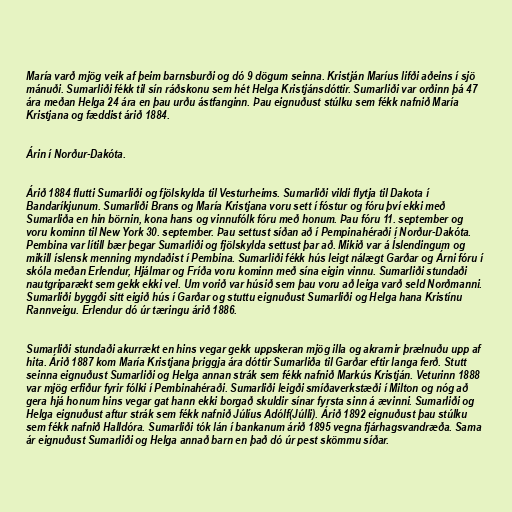
María varð mjög veik af þeim barnsburði og dó 9 dögum seinna. Kristján Maríus lifði aðeins í sjö
mánuði. Sumarliði fékk til sín ráðskonu sem hét Helga Kristjánsdóttir. Sumarliði var orðinn þá 47
ára meðan Helga 24 ára en þau urðu ástfanginn. Þau eignuðust stúlku sem fékk nafnið María
Kristjana og fæddist árið 1884.

Árin í Norður-Dakóta.

Árið 1884 flutti Sumarliði og fjölskylda til Vesturheims. Sumarliði vildi flytja til Dakota í
Bandaríkjunum. Sumarliði Brans og María Kristjana voru sett í fóstur og fóru því ekki með
Sumarliða en hin börnin, kona hans og vinnufólk fóru með honum. Þau fóru 11. september og
voru kominn til New York 30. september. Þau settust síðan að í Pempinahéraði í Norður-Dakóta.
Pembina var lítill bær þegar Sumarliði og fjölskylda settust þar að. Mikið var á Íslendingum og
mikill íslensk menning myndaðist í Pembina. Sumarliði fékk hús leigt nálægt Garðar og Árni fóru í
skóla meðan Erlendur, Hjálmar og Fríða voru kominn með sína eigin vinnu. Sumarliði stundaði
nautgriparækt sem gekk ekki vel. Um vorið var húsið sem þau voru að leiga varð seld Norðmanni.
Sumarliði byggði sitt eigið hús í Garðar og stuttu eignuðust Sumarliði og Helga hana Kristínu
Rannveigu. Erlendur dó úr tæringu árið 1886.

Sumarliði stundaði akurrækt en hins vegar gekk uppskeran mjög illa og akrarnir þrælnuðu upp af
hita. Árið 1887 kom María Kristjana þriggja ára dóttir Sumarliða til Garðar eftir langa ferð. Stutt
seinna eignuðust Sumarliði og Helga annan strák sem fékk nafnið Markús Kristján. Veturinn 1888
var mjög erfiður fyrir fólki í Pembinahéraði. Sumarliði leigði smíðaverkstæði í Milton og nóg að
gera hjá honum hins vegar gat hann ekki borgað skuldir sínar fyrsta sinn á ævinni. Sumarliði og
Helga eignuðust aftur strák sem fékk nafnið Júlíus Adólf(Júlli). Árið 1892 eignuðust þau stúlku
sem fékk nafnið Halldóra. Sumarliði tók lán í bankanum árið 1895 vegna fjárhagsvandræða. Sama
ár eignuðust Sumarliði og Helga annað barn en það dó úr pest skömmu síðar.